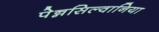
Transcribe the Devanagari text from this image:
पेन्नसिल्वानिया